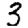
Digit: 3